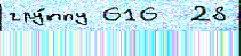
гру́ппу 616  28